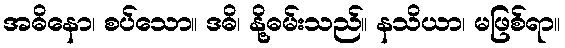
အဓိနော၊ စပ်သော။ ဒဓိ၊ နို့ဓမ်းသည်။ နသိယာ၊ မဖြစ်ရာ။